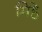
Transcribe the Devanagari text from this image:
मिहे